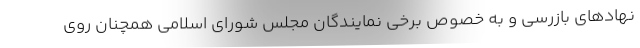
نهادهای بازرسی و به خصوص برخی نمایندگان مجلس شورای اسلامی همچنان روی